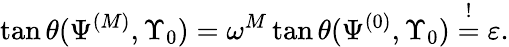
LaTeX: \tan\theta(\Psi^{(M)},\Upsilon_{0})=\omega^{M}\tan\theta(\Psi^{(0)},\Upsilon_{0})\overset{!}{=}\varepsilon.